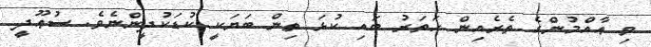
ވި ޢާއްމުންގެ ތެރެއިން ހަތަރު ބައި ކުޅަ ތިން ބަޔަކީ ކުޑަކުދީންނެވެ. ސުޢޫދީ